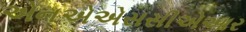
એનએએસસીએઆર